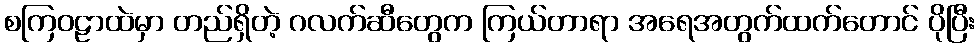
စကြဝဠာထဲမှာ တည်ရှိတဲ့ ဂလက်ဆီတွေက ကြယ်တာရာ အရေအတွက်ထက်တောင် ပိုပြီး